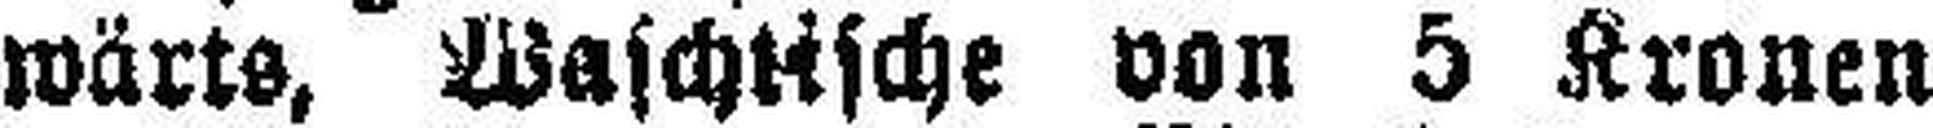
wärts, Waschtische von 5 Kronen